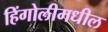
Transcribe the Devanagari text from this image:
हिंगोलीमधील